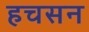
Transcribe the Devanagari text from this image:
हचसन